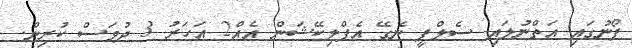
ފޯނުގައި އަތްނުލައި ސެލްފީ ނެގޭ އެޕްލިކޭޝަން އެއް2 އަހަރު 3 ދުވަސް ކުރިން.